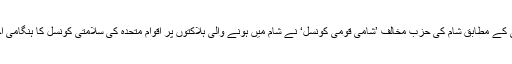
خبر رساں ایجنسی اے ایف پی کے مطابق شام کی حزبِ مخالف ’شامی قومی کونسل‘ نے شام میں ہونے والی ہلاکتوں پر اقوامِ متحدہ کی سلامتی کونسل کا ہنگامی اجلاس بلانے کی اپیل کی ہے۔